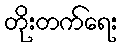
တိုးတက်ရေး